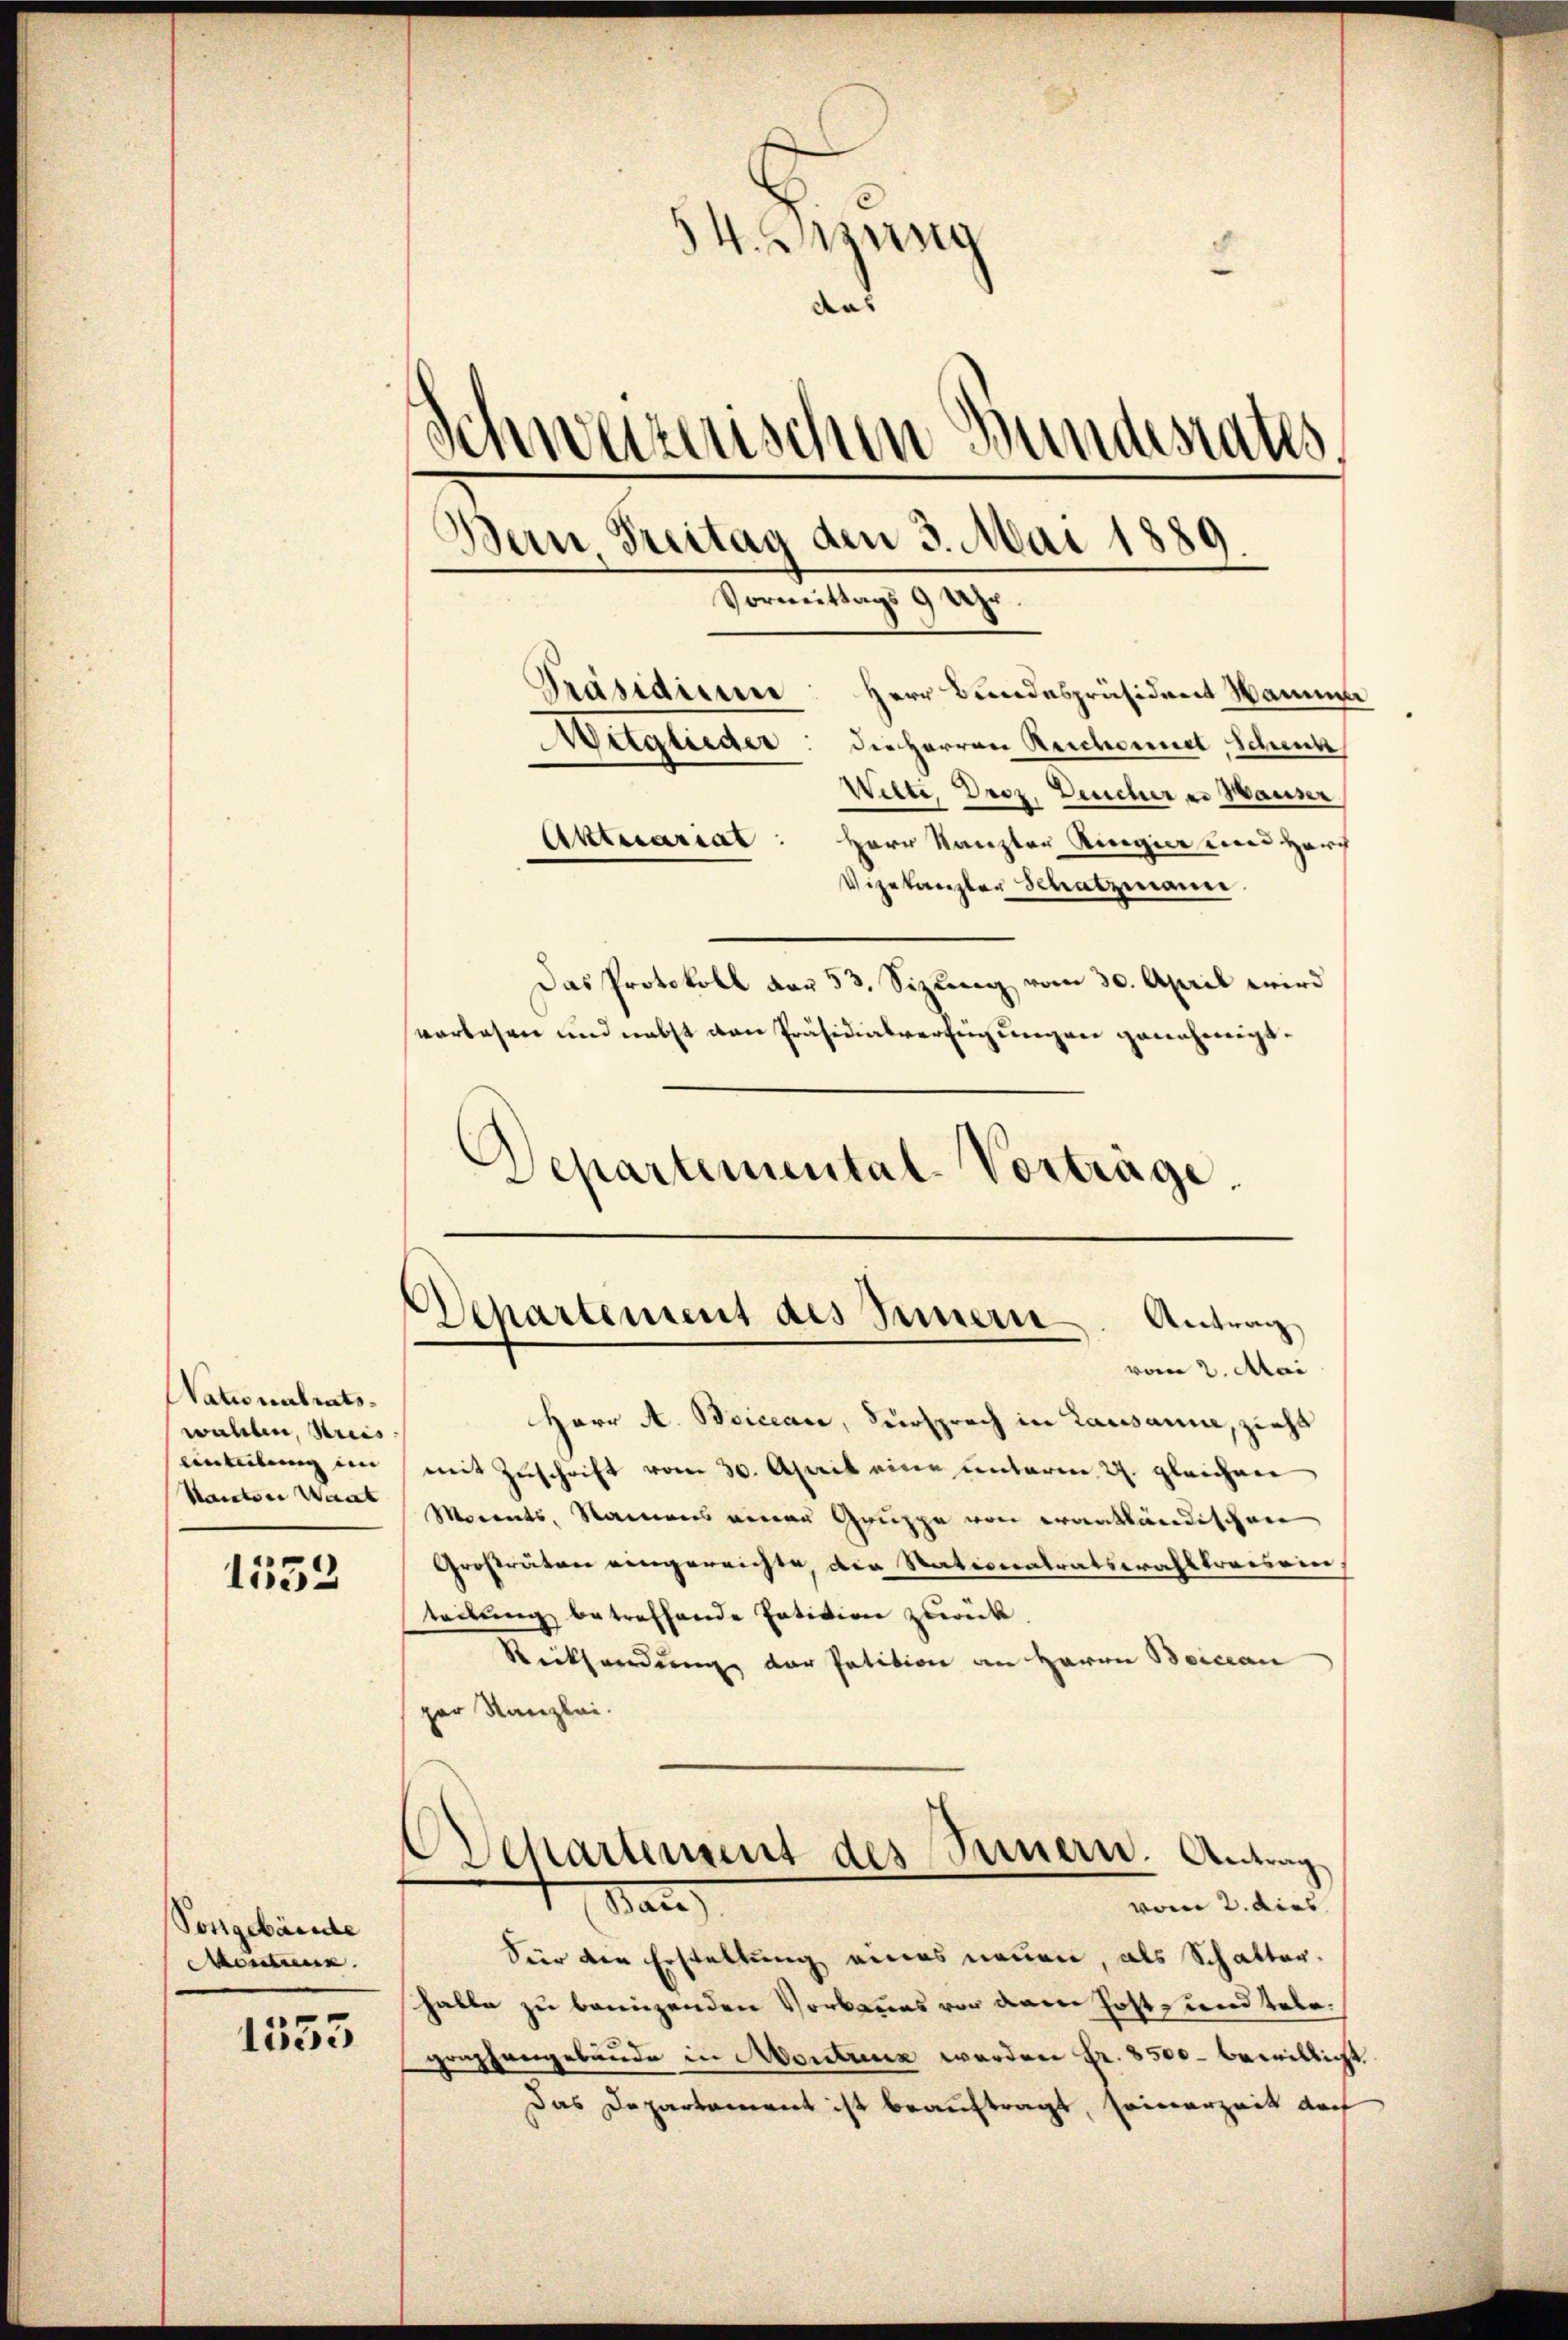
Nationalrats.
wallen, Kreis
Anteilung in
Manter Wart

1552

Postgebäude
Montreux.

1353

54. Bzung
das
Schweizerischen Bundesrates
Bern. Freitag den 3. Mai 1889.
Vormittags 9 Uhr
Präsidium: Herr Bundespräsident Namen
Muglieder: die Herren Reichennet, Schenk
Wilte, Droz. Deucher der Hauser,
Aktuariat
Herr Kanzler Ringier und Harf
Vizekanzler Schatzmann.
Das Protokoll vor 53. Sizung vom 30. April wird
vorlesen und nebst von Präsidialverfügungen genehmigt.

Departemental-Vorträge.

3

Departement des Simmern. Antrag
vom 2. Mai

Herr A. Boiccace, Versprach in Lausanne, zieht
mit Zuschrift vom 30. April eine unterm 27. gleichner
Morents, Namens einen Gruppe von erantländischen
Großräten eingereichte, die Nationalratswahlkreisein,
teilŭng betreffende Patition zurück.
Rücksendung der Petition an Herrn Beiccan
par Kanzlei.
Departement des Seinern. Antrag
Man
vom 2. dies
Für die Erstellung eines neuen, als Schatter.
halte zu beunzenden Vorbaues von dem Hoft- und telegraphengebäude in Montanz werden Fr. 8500 bewilligt.
Das Departement ist beauftragt, seinerzeit doch